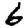
Digit: 6